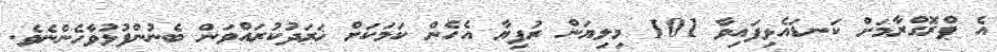
އެ ޕްރޮގްރާމަށް ކަނޑައެޅިފައިވާ 101 މިލިޔަން ރުފިޔާ އެހެން ކަމަކަށް ޚަރަދުކުރައްވަން ބެނުންފުޅުވާހެންނެވެ.